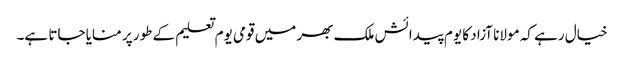
خیال رہے کہ مولانا آزاد کا یوم پیدائش ملک بھر میں قومی یوم تعلیم کے طور پر منایا جاتا ہے۔